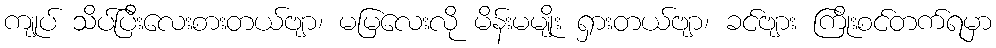
ကျုပ် သိပ်ပြီးလေးစားတယ်ဗျာ၊ မမြလေးလို မိန်းမမျိုး ရှားတယ်ဗျာ၊ ခင်ဗျား ကြိုးစင်တက်ရမှာ